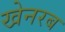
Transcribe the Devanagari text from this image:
खेनरब